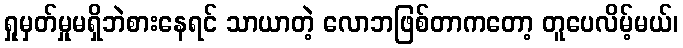
ရှုမှတ်မှုမရှိဘဲစားနေရင် သာယာတဲ့ လောဘဖြစ်တာကတော့ တူပေလိမ့်မယ်၊